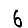
Digit: 6